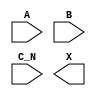
module sky130_fd_sc_hd__or3b (
    //# {{data|Data Signals}}
    input  A  ,
    input  B  ,
    input  C_N,
    output X
);

    // Voltage supply signals
    supply1 VPWR;
    supply0 VGND;
    supply1 VPB ;
    supply0 VNB ;

endmodule